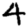
Digit: 4